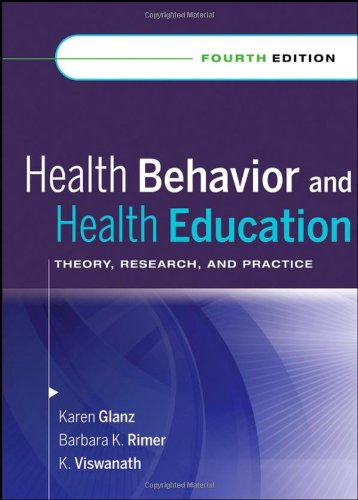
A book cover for Health Behavior and Health Education: Theory, Research, and Practice; Medical Books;